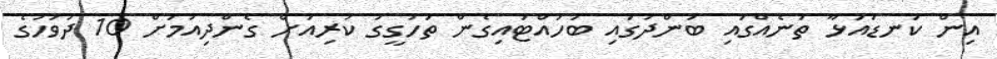
އިން ކަނޑައަޅާ ތަނެއްގައި ބަންދުގައި ބަހައްޓައިގެން ތަހުގީގު ކުރިއަށް ގެންދިއުމަށް 10 ދުވަހުގެ